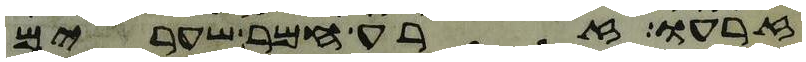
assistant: זרעו זרע חמר שערים